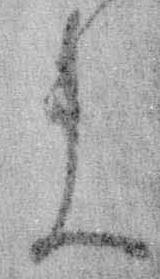
ま